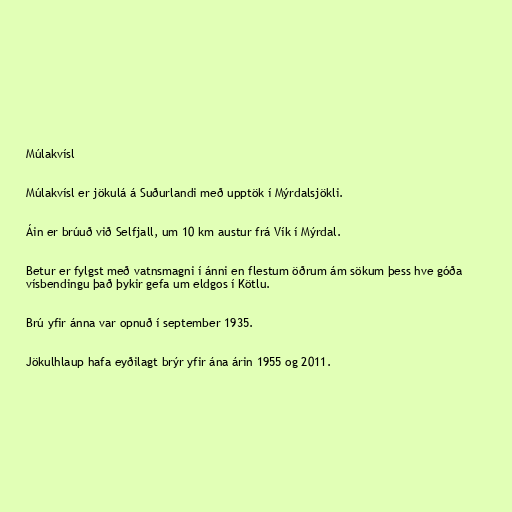
Múlakvísl

Múlakvísl er jökulá á Suðurlandi með upptök í Mýrdalsjökli.

Áin er brúuð við Selfjall, um 10 km austur frá Vík í Mýrdal.

Betur er fylgst með vatnsmagni í ánni en flestum öðrum ám sökum þess hve góða
vísbendingu það þykir gefa um eldgos í Kötlu.

Brú yfir ánna var opnuð í september 1935.

Jökulhlaup hafa eyðilagt brýr yfir ána árin 1955 og 2011.